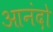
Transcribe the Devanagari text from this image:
आनंदो